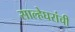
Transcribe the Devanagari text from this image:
साल्हेघरांची